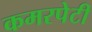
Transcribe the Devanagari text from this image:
कमरपेटी